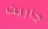
جاريت